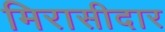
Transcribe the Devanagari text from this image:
मिरासीदार